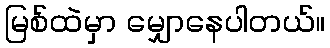
မြစ်ထဲမှာ မျှောနေပါတယ်။